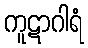
ကူဋာဂါရံ